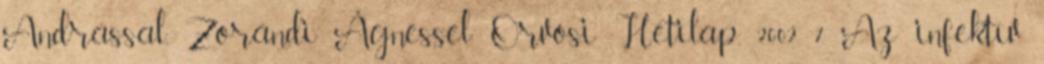
Andrással, Zorándi Ágnessel. Orvosi Hetilap, 2002. 7. Az infektív